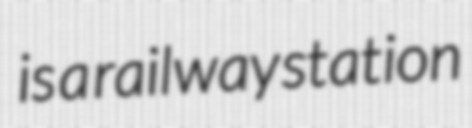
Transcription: is a railway station